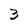
Character: 3